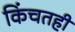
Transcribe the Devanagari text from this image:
किंचतही